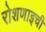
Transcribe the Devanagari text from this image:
रोशणाइची